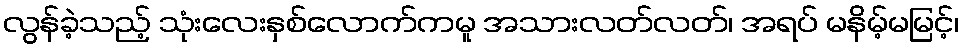
လွန်ခဲ့သည့် သုံးလေးနှစ်လောက်ကမူ အသားလတ်လတ်၊ အရပ် မနိမ့်မမြင့်၊